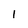
Character: 1